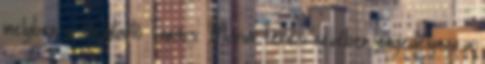
melyben a Helytartó Tanács Mária Terézi nevében engedélyezi a